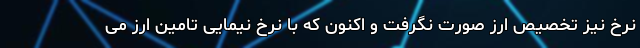
نرخ نیز تخصیص ارز صورت نگرفت و اکنون که با نرخ نیمایی تامین ارز می